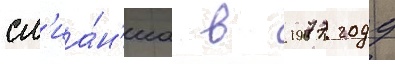
сл'иа́н'иа в 1977 году